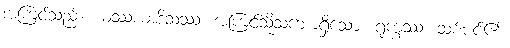
အကြင်သည်။ ယဿယာဒိသဿ၊ အကြင်သို့သဘောရှိသော။ ရုက္ခဿ၊ သစ်ပင်၏။